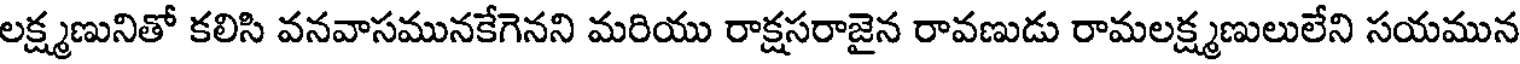
లక్ష్మణునితో కలిసి వనవాసమునకేగెనని మరియు రాక్షసరాజైన రావణుడు రామలక్ష్మణులులేని సయమున